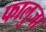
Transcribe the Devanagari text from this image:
फालुजा